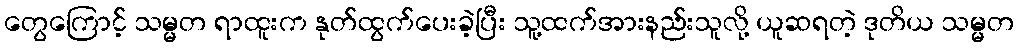
တွေကြောင့် သမ္မတ ရာထူးက နုတ်ထွက်ပေးခဲ့ပြီး သူ့ထက်အားနည်းသူလို့ ယူဆရတဲ့ ဒုတိယ သမ္မတ